Cholera in southern India
Disease focus: Cholera
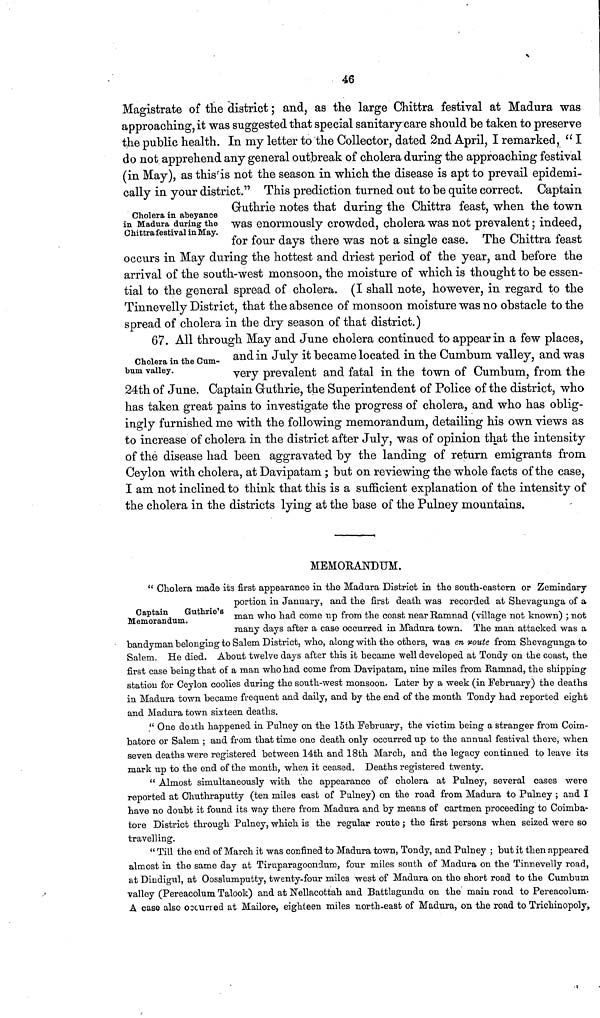
46
Cholera in abeyance
in Madura during the
Chittra festival in May.
Magistrate of the district ; and, as the large Chittra festival at Madura was
approaching, it was suggested that special sanitary care should be taken to preserve
the public health. In my letter to the Collector, dated 2nd April, I remarked, " I
do not apprehend any general outbreak of cholera during the approaching festival
(in May), as this is not the season in which the disease is apt to prevail epidemi-
cally in your district." This prediction turned out to be quite correct. Captain
Gruthrie notes that during the Chittra feast, when the town
was enormously crowded, cholera was not prevalent ; indeed,
for four days there was not a single case. The Chittra feast
occurs in May during the hottest and driest period of the year, and before the
arrival of the south-west monsoon, the moisture of which is thought to be essen-
tial to the general spread of cholera. (I shall note, however, in regard to the
Tinnevelly District, that the absence of monsoon moisture was no obstacle to the
spread of cholera in the dry season of that district.)
Cholera in the Cum-
bum valley.
67. All through May and June cholera continued to appear in a few places,
and in July it became located in the Cumbum valley, and was
very prevalent and fatal in the town of Cumbum, from the
24th of June. Captain Gruthrie, the Superintendent of Police of the district, who
has taken great pains to investigate the progress of cholera, and who has oblig-
ingly furnished me with the following memorandum, detailing his own views as
to increase of cholera in the district after July, was of opinion that the intensity
of the disease had been aggravated by the landing of return emigrants from
Ceylon with cholera, at Davipatam ; but on reviewing the whole facts of the case,
I am not inclined to think that this is a sufficient explanation of the intensity of
the cholera in the districts lying at the base of the Pulney mountains.
MEMORANDUM.
Captain
Guthrie's
Memorandum.
" Cholera made its first appearance in the Madura District in the south-eastern or Zemindary
portion in January, and the first death was recorded at Shevagunga of a
man who had come up from the coast near Ramnad (village not known) ; not
many days after a case occurred in Madura town. The man attacked was a
handyman belonging to Salem District, who, along with the others, was en route from Shevagunga to
Salem. He died. About twelve days after this it became well developed at Tondy on the coast, the
first case being that of a man who had come from Davipatam, nine miles from Ramnad, the shipping
station for Ceylon coolies during the south-west monsoon. Later by a week (in February) the deaths
in Madura town became frequent and daily, and by the end of the month Tondy had reported eight
and Madura town sixteen deaths.
" One death happened in Pulney on the 15th February, the victim being a stranger from Coim-
batore or Salem ; and from that time one death only occurred up to the annual festival there, when
seven deaths were registered between 14th and 18th March, and the legacy continued to leave its
mark up to the end of the month, when it ceased. Deaths registered twenty.
" Almost simultaneously with the appearance of cholera at Pulney, several cases were
reported at Chuthraputty (ten miles east of Pulney) on the road from Madura to Pulney ; and I
have no doubt it found its way there from Madura and by means of cartmen proceeding to Coimba-
tore District through Pulney, which is the regular route ; the first persons when seized were so
travelling.
" Till the end of March it was confined to Madura town, Tondy, and Pulney ; but it then appeared
almost in the same day at Tiruparagoondum, four miles south of Madura on the Tinnevelly road,
at Dindigul, at Oosslumputty, twenty-four miles west of Madura on the short road to the Cumbum
valley (Pereacolum Talook) and at Nellacottah and Battlagundu on the main road to Pereacolum-
A case also occurred at Mailore, eighteen miles north-east of Madura, on the road to Trichinopoly,